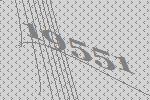
19551